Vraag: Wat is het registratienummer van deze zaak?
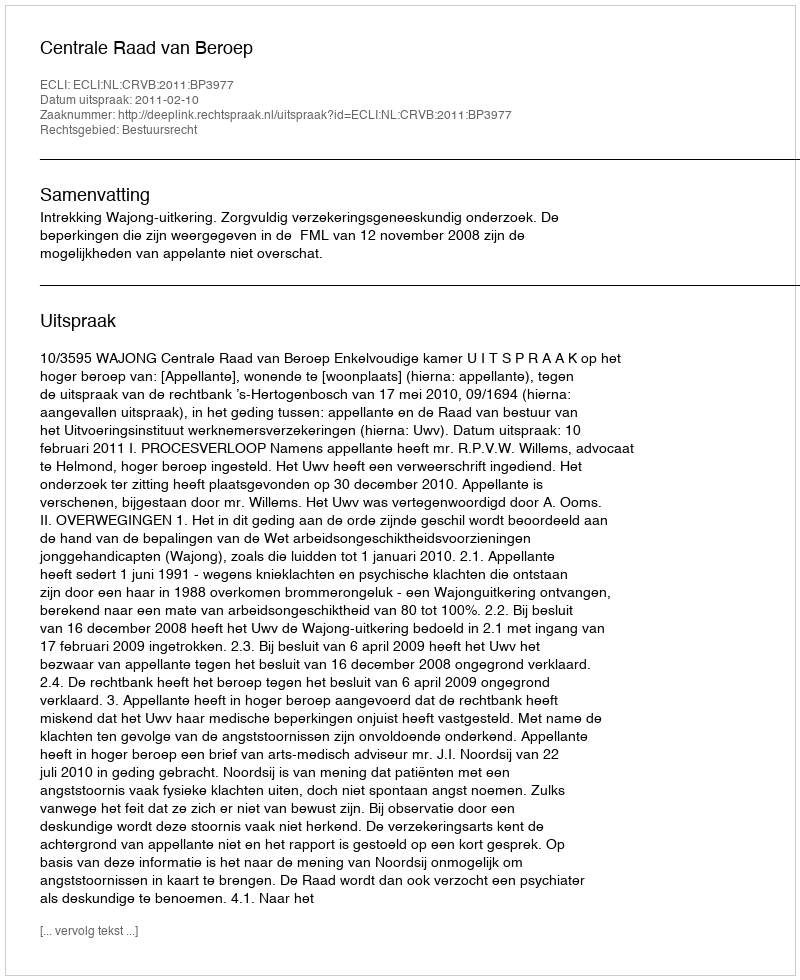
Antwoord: http://deeplink.rechtspraak.nl/uitspraak?id=ECLI:NL:CRVB:2011:BP3977